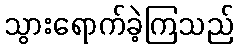
သွားရောက်ခဲ့ကြသည်